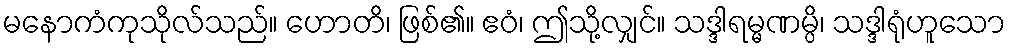
မနောကံကုသိုလ်သည်။ ဟောတိ၊ ဖြစ်၏။ ဧဝံ၊ ဤသို့လျှင်။ သဒ္ဒါရမ္မဏမ္ပိ၊ သဒ္ဒါရုံဟူသော